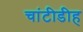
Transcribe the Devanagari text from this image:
चांटीडीह